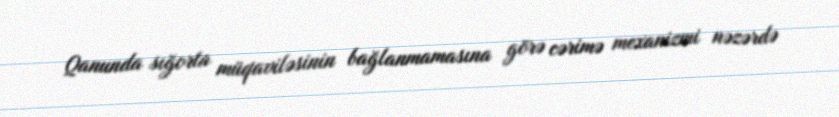
Qanunda sığorta müqaviləsinin bağlanmamasına görə cərimə mexanizmi nəzərdə